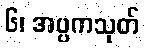
၆၊ အပ္ပကသုတ်